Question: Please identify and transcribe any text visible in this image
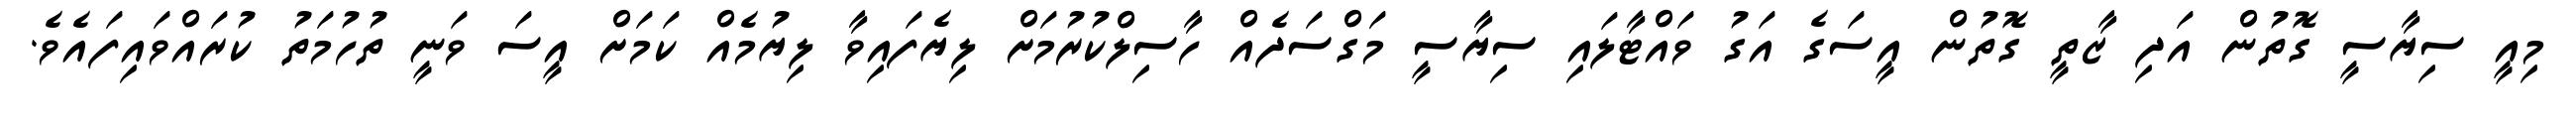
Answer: މިއީ ސިޔާސީ ގޮތުން އަދި ޒާތީ ގޮތުން އީސަގެ އަގު ވައްޓާލައި ސިޔާސީ މަގްސަދެއް ހާސިލްކުރުމަށް ލިޔެފައިވާ ލިޔުމެއް ކަމަށް އީސަ ވަނީ ތުހުމަތު ކުރައްވައިފައެވެ.